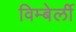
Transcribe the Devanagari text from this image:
विम्बेर्ली